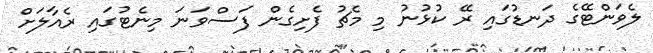
ލެވަންޓޭގެ ދަނޑުގައި ރޭ ކުޅުނު މި މެޗު ފެށިގެން ފަސްވަނަ މިނެޓުގައި ރެއާލަށް